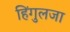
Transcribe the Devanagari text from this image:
हिंगुलजा